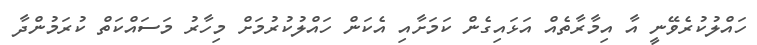
ހައްލުކުރެވޭނީ އާ އިމާރާތެއް އަޅައިގެން ކަމަށާއި އެކަން ހައްލުކުރުމަށް މިހާރު މަސައްކަތް ކުރަމުންދާ